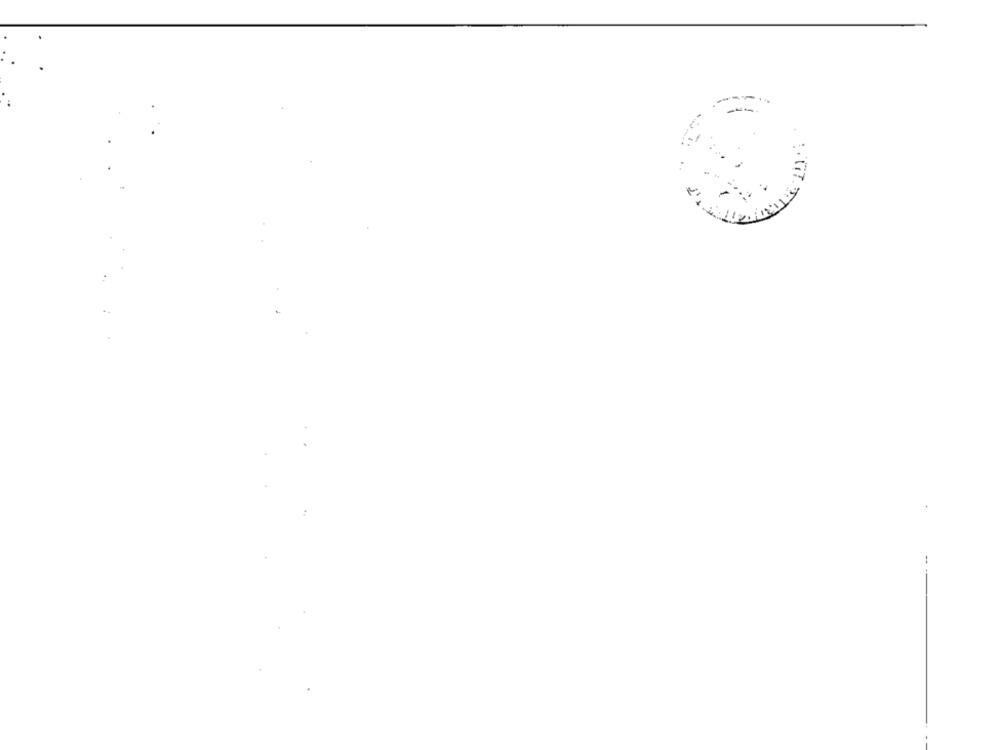
-